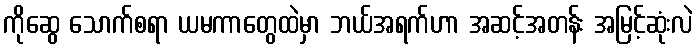
ကိုဆွေ သောက်စရာ ယမကာတွေထဲမှာ ဘယ်အရက်ဟာ အဆင့်အတန်း အမြင့်ဆုံးလဲ